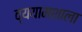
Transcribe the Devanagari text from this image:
व्ययामशाला